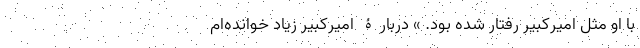
با او مثل امیرکبیر رفتار شده بود. » دربارۀ امیر‌کبیر زیاد خوانده‌ام